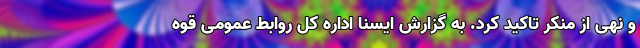
و نهی از منکر تاکید کرد. به گزارش ایسنا اداره کل روابط عمومی قوه